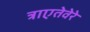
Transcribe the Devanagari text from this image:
त्राएतेवेरे